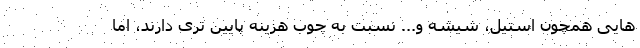
هایی همچون استیل، شیشه و... نسبت به چوب هزینه پایین تری دارند، اما